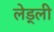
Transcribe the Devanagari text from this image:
लेड्ली